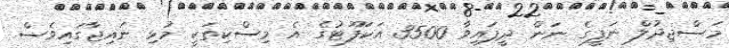
މަސްޖިދުލް ނަފީގެ ނަން ދީފައިވާ 3500 އަކަފޫޓުގެ އެ މިސްކިތަކީ މުޅި ނައިޖާގައިވެސް